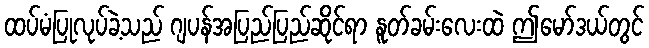
ထပ်မံပြုလုပ်ခဲ့သည် ဂျပန်အပြည်ပြည်ဆိုင်ရာ နူတ်ခမ်းလေးထဲ ဤမော်ဒယ်တွင်